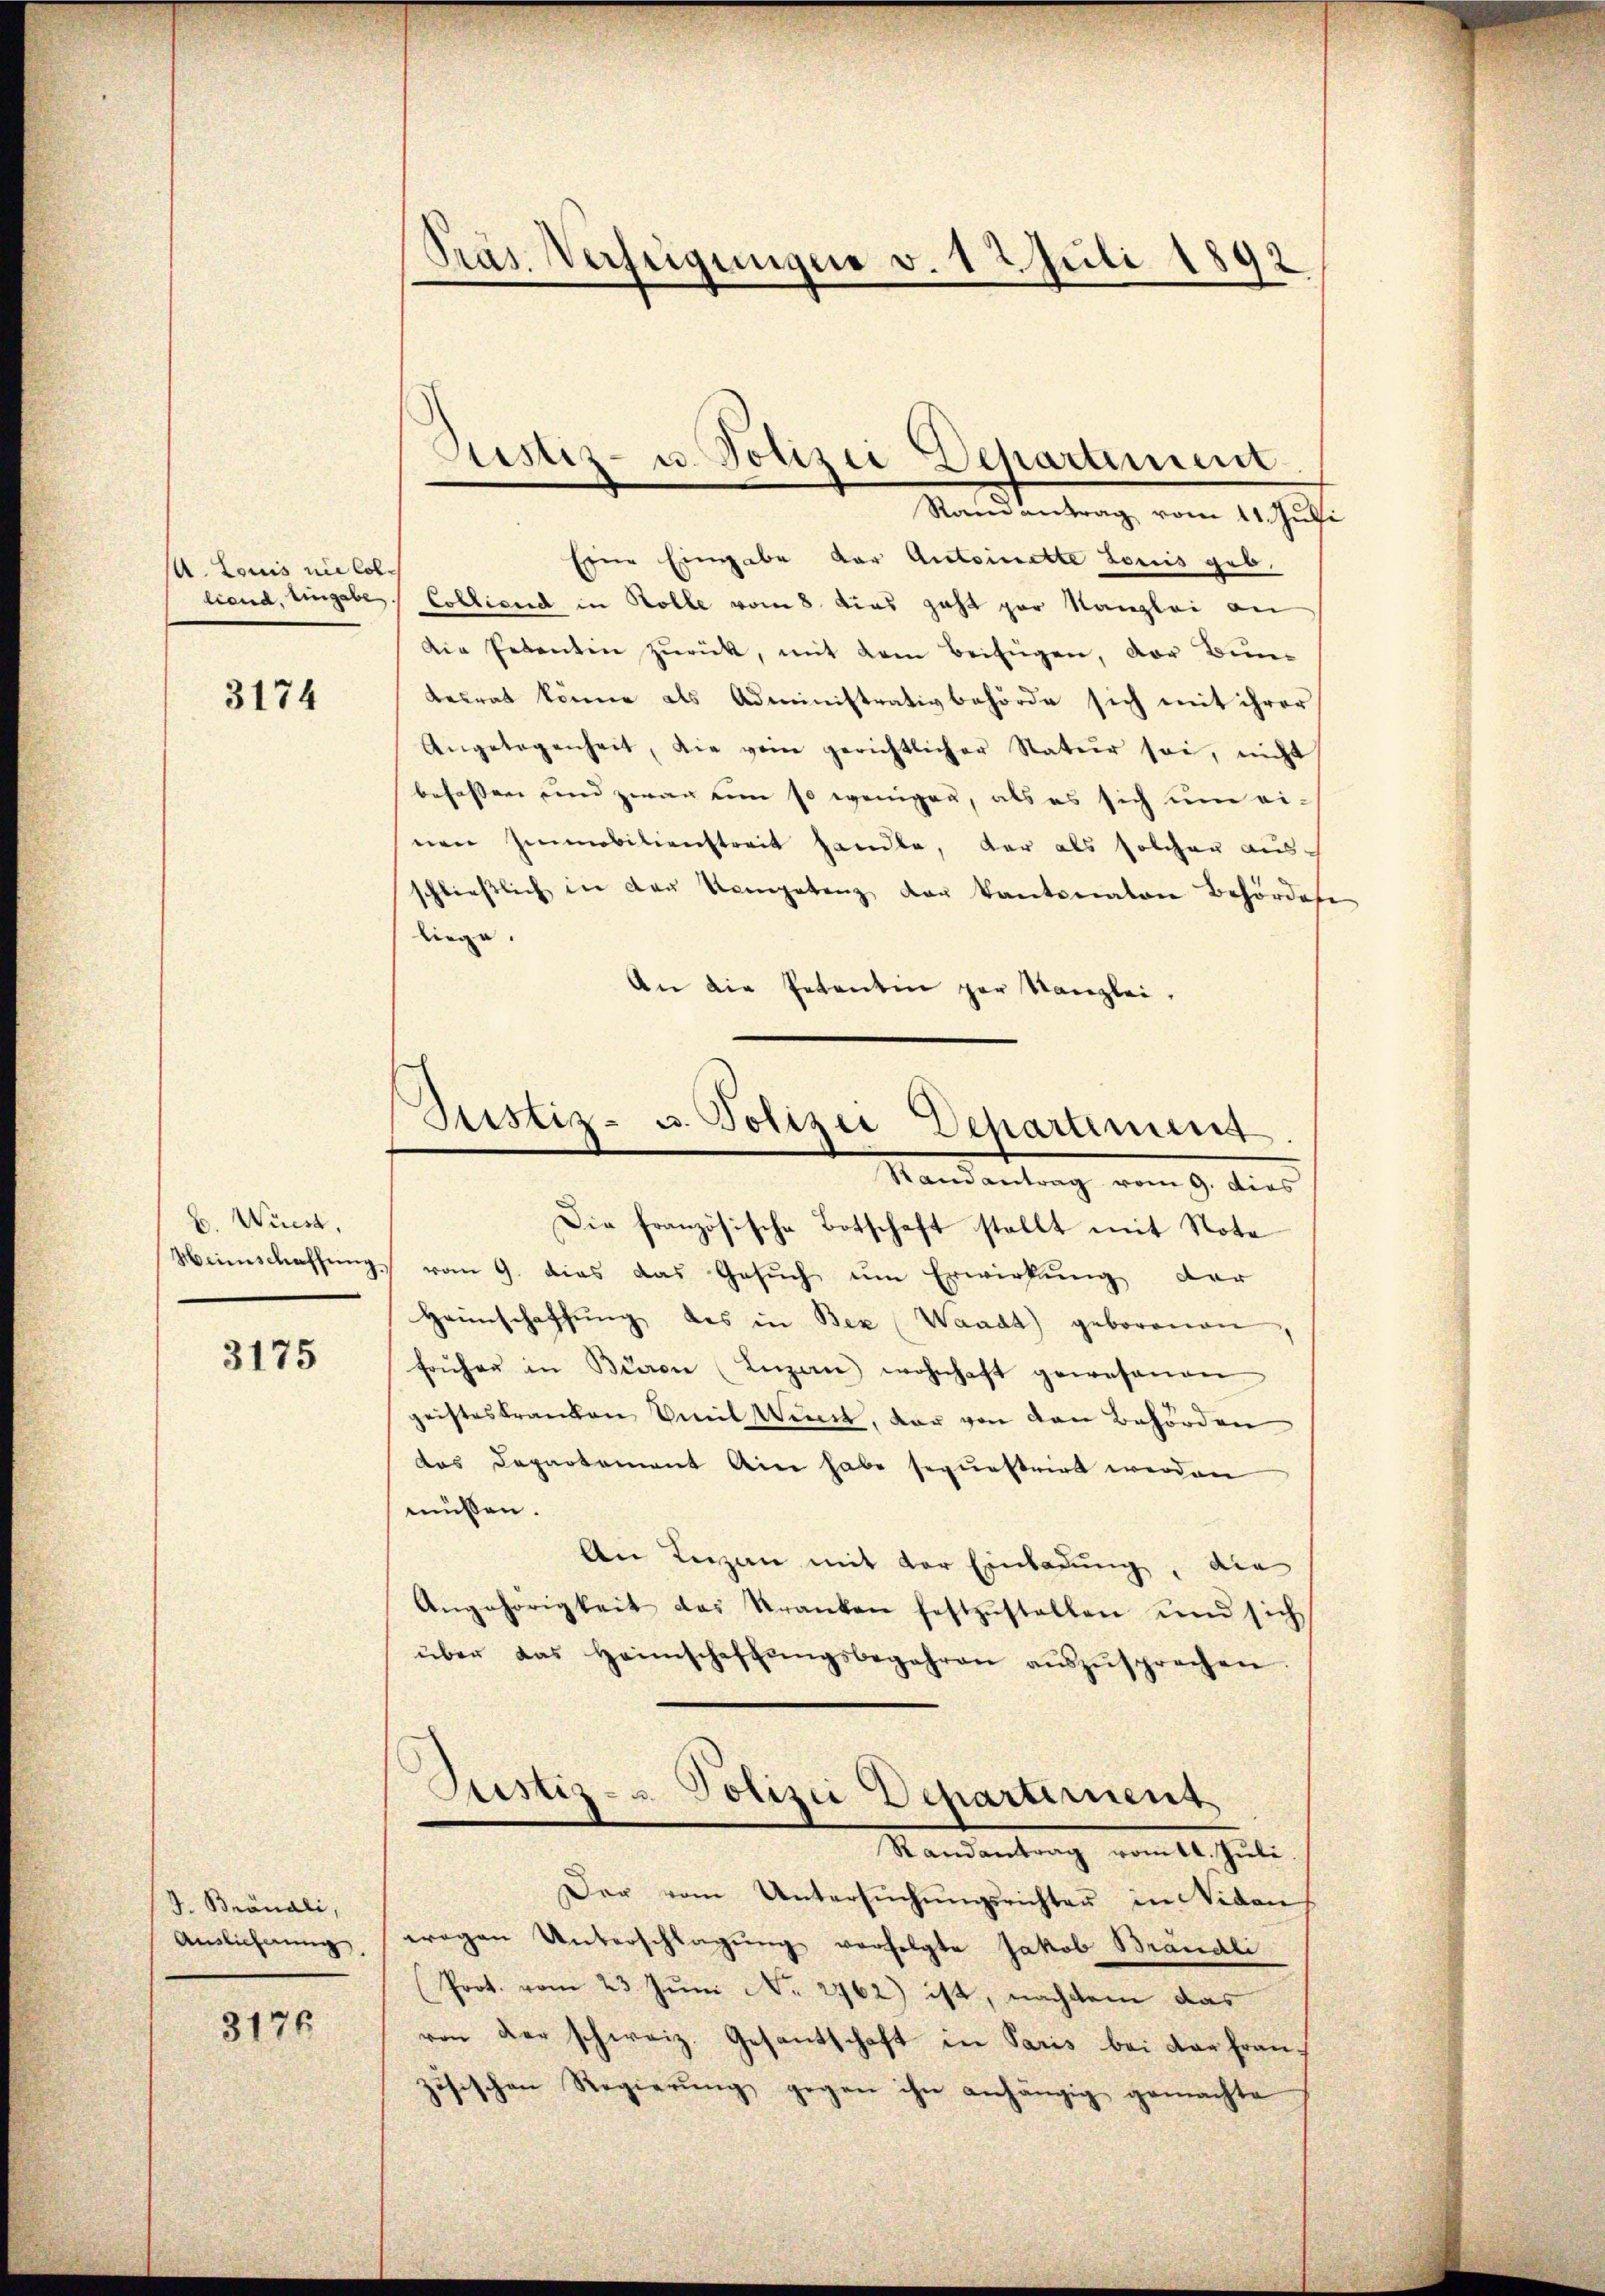
A. Louis nie Col¬

3174

6. Wiest,

3175

J. Brönali,
Auslieferung.

3176

Präs. Verstigungen v. 12. Juli 1892

Eine Eingabe der Antoinette Louis geb.
lend, Eingabe Colliend in Rolle vom 8. dies geht par Kanzlei an
Die Petentin zurück, mit dem Beifügen, der Bunbesrat könne als Administrativbehörde sich mit ihrer
Angelegenheit, die wein gerichtlicher Natur sei, nicht
befassen und zwar um so weniger, als es sich um ei-
nen Immobilienstreit handle, der als solcher ausschlieβlich in der Kompetenz der Kantonalen Behördere
liege.
An die Petentin par Kanzlei,
Die französische Botschaft stellt mit Nota
Weinschaffung vom 9. dies das Gesuch um Erwirkung der
Heimschaffŭng des in Bex (Waadt) geborenen
früher in Baron (Luzern) wohnhaft gewesenen
geisteskranken Emil Wint, dar von den Behörden
das Departement aine habe sepurstrirt werden
müssen.
An Lizan mit der Einladung, die
Angehörigkeit das Kranken festzŭstellen und sich
über das Heimschaffŭngsbegehren aŭszŭsprechen
Justiz- u Polizei Dehartement
Mandantung vom 12. Juli.
Der vom Untersŭchŭngsrichten in Niden
wegen Unterschlagung verfolgte Jakob Brändli
Prot. vom 23. Juni No 2762) ist, nachdem das
ren der schweiz. Gesantschaft in Paris bei der französischen Regierŭng gegen ihn anhängig gemachte

Ristiz- u. Polizei Departement.
Randantrag vom 11. Juli

Justiz- u. Polizei Deparament.
Randantrag vom 9. dies